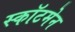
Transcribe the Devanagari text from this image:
स्कॉटमेन